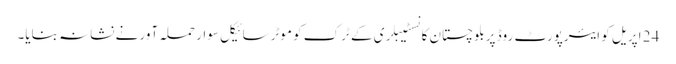
24 اپریل کو ایئرپورٹ روڈ پر بلوچستان کانسٹیبلری کے ٹرک کو موٹرسائیکل سوار حملہ آور نے نشانہ بنایا۔